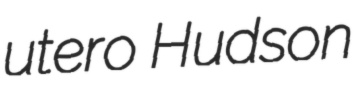
utero Hudson